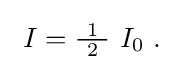
{\textstyle \ I={\tfrac {\ 1\ }{2}}\ I_{0}~.}